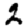
Digit: 2